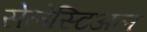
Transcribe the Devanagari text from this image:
सेलेस्टिअल